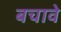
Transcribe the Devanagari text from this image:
बचावे